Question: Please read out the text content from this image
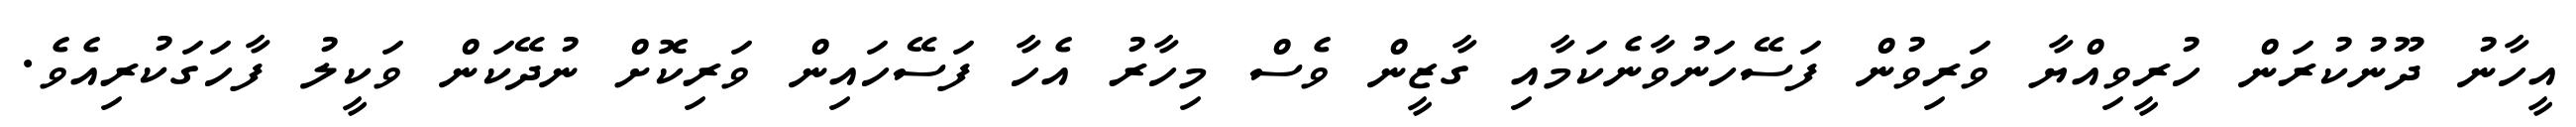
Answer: އީހާނު ދޫނުކުރަން ހުރީވިއްޔާ ވަރިވުން ފަސޭހަނުވާނެކަމާއި ގާޒީން ވެސް މިހާރު އެހާ ފަސޭހައިން ވަރިކޮށް ނުދޭކަން ވަކީލު ފާހަގަކުރިއެވެ.